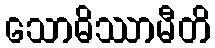
သောဓိဿာမီတိ